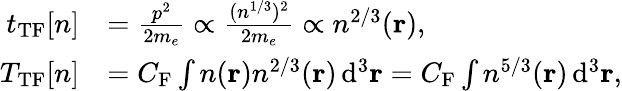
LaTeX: {\begin{array}{rl}{t_{\mathrm{TF}}[n]}&{={\frac{p^{2}}{2m_{e}}}\propto{\frac{(n^{1/3})^{2}}{2m_{e}}}\propto n^{2/3}(\mathbf{r}),}\\ {T_{\mathrm{TF}}[n]}&{=C_{\mathrm{F}}\int n(\mathbf{r})n^{2/3}(\mathbf{r})\, \mathrm{d}^{3}\mathbf{r}=C_{\mathrm{F}}\int n^{5/3}(\mathbf{r})\, \mathrm{d}^{3}\mathbf{r},}\end{array}}